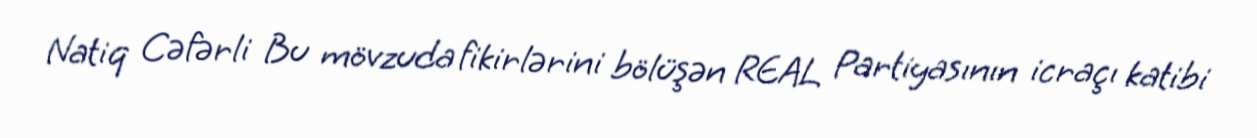
Natiq Cəfərli Bu mövzuda fikirlərini bölüşən REAL Partiyasının icraçı katibi